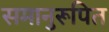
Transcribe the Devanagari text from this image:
समानुरूपित